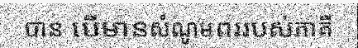
បាន បើមានសំណូមពររបស់ភាគី